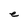
Character: e